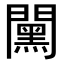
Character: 𨶯